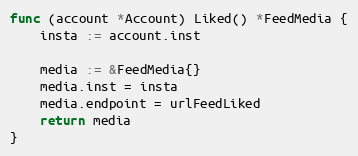
Language: Go
func (account *Account) Liked() *FeedMedia {
	insta := account.inst

	media := &FeedMedia{}
	media.inst = insta
	media.endpoint = urlFeedLiked
	return media
}